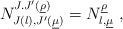
LaTeX: \begin{align*}N_{J(\l),J'(\underline{\mu})}^{J.J'(\underline{\rho})} = N_{\l,\underline{\mu}}^{\underline{\rho}} \ ,\end{align*}